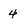
Character: 4